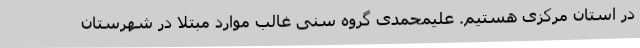
در استان مرکزی هستیم. علیمحمدی گروه سنی غالب موارد مبتلا در شهرستان